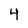
Character: 4